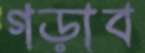
গড়াব